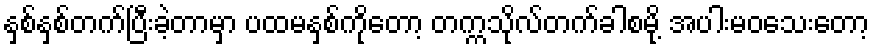
နှစ်နှစ်တက်ပြီးခဲ့တာမှာ ပထမနှစ်ကိုတော့ တက္ကသိုလ်တက်ခါစမို့ အပါးမဝသေးတော့